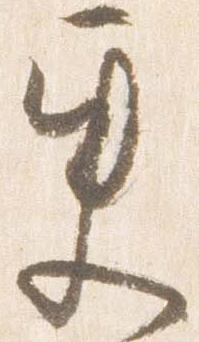
更